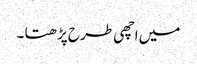
میں اچھی طرح پڑھتا ۔